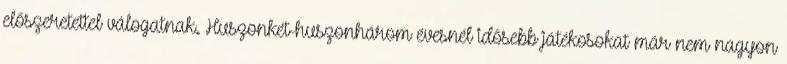
előszeretettel válogatnak. Huszonkét-huszonhárom évesnél idősebb játékosokat már nem nagyon